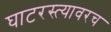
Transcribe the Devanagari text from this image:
घाटरस्त्यावरच